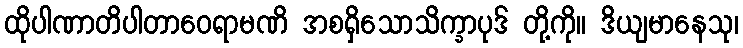
ထိုပါဏာတိပါတာဝေရာမဏိ အစရှိသောသိက္ခာပုဒ် တို့ကို။ ဒိယျမာနေသု၊